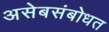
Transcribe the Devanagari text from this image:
असेबसंबोधत